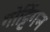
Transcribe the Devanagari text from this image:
गोट्टिंगन